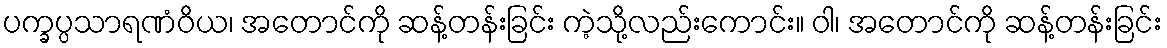
ပက္ခပ္ပသာရဏံဝိယ၊ အတောင်ကို ဆန့်တန်းခြင်း ကဲ့သို့လည်းကောင်း။ ဝါ၊ အတောင်ကို ဆန့်တန်းခြင်း